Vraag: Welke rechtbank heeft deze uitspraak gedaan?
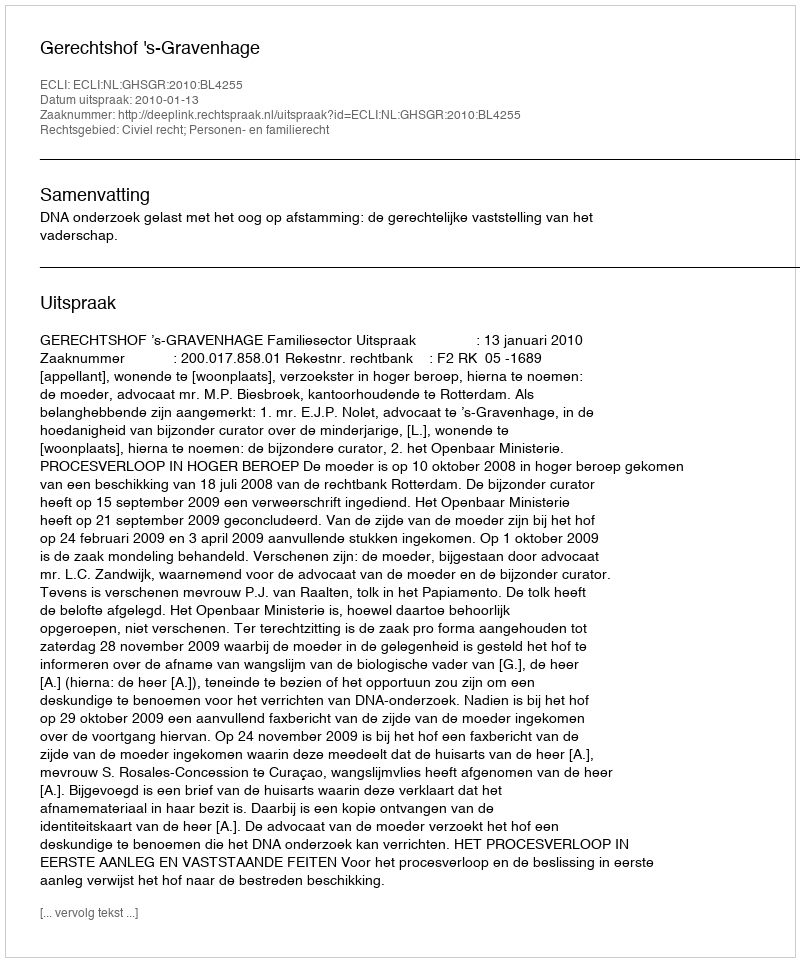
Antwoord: Gerechtshof 's-Gravenhage